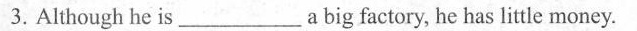
3. Although he is___a big factory, he has little money.